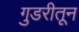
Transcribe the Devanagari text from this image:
गुडरीतून